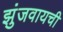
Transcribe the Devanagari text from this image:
झुंजवायची